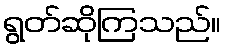
ရွတ်ဆိုကြသည်။